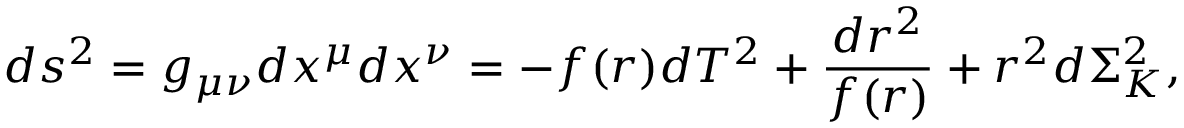
d s ^ { 2 } = g _ { \mu \nu } d x ^ { \mu } d x ^ { \nu } = - f ( r ) d T ^ { 2 } + \frac { d r ^ { 2 } } { f ( r ) } + r ^ { 2 } d \Sigma _ { K } ^ { 2 } ,